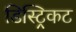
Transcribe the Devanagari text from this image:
डिस्ट्रिकट